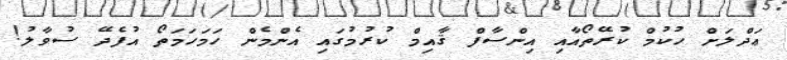
ޢަދްލަށް ހުކުމް ކުރޭތޯއާއި އިންސާފް ޤާއިމް ކުރުމުގައި އެންމެން ހަމަހަމަތޯ އުފެދޭ ސުވާލު!